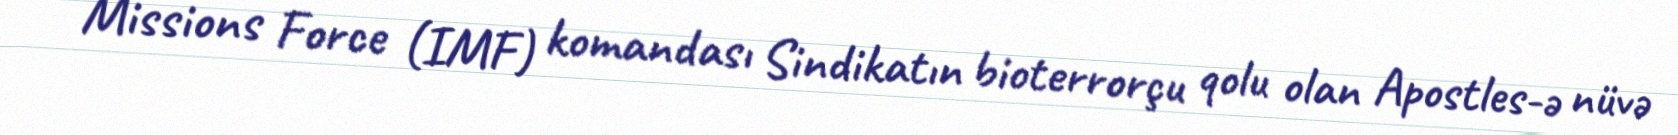
Missions Force (IMF) komandası Sindikatın bioterrorçu qolu olan Apostles-ə nüvə